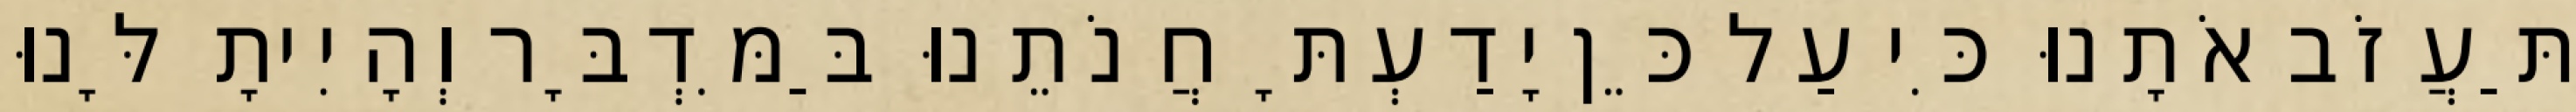
תַּעֲזֹב אֹתָנוּ כִּי עַל כֵּן יָדַעְתָּ חֲנֹתֵנוּ בַּמִּדְבָּר וְהָיִיתָ לָּנוּ